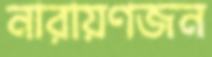
নারায়ণজন